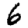
Digit: 6